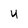
Character: U